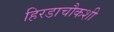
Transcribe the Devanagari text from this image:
हिरडाचौकशी